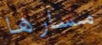
مسارها